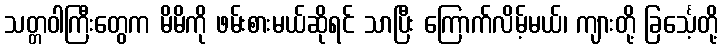
သတ္တဝါကြီးတွေက မိမိကို ဖမ်းစားမယ်ဆိုရင် သာပြီး ကြောက်လိမ့်မယ်၊ ကျားတို့ ခြင်္သေ့တို့